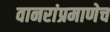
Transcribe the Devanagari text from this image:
वानरांप्रमाणेच